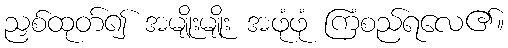
ညှစ်ထုတ်၍ အမျိုးမျိုး အဖုံဖုံ ကြံစည်ရလေ၏။